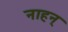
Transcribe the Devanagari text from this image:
नाहन्